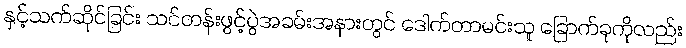
နှင့်သက်ဆိုင်ခြင်း သင်တန်းဖွင့်ပွဲအခမ်းအနားတွင် ဒေါက်တာမင်းသူ ခြောက်ခုကိုလည်း